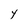
Character: Y